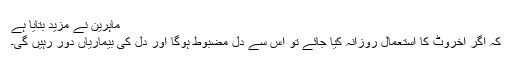
ماہرین نے مزید بتایا ہے
کہ اگر اخروٹ کا استعمال روزانہ کیا جائے تو اس سے دل مضبوط ہوگا اور دل کی بیماریاں دور رہیں گی۔